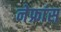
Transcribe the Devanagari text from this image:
नेफ्रांस